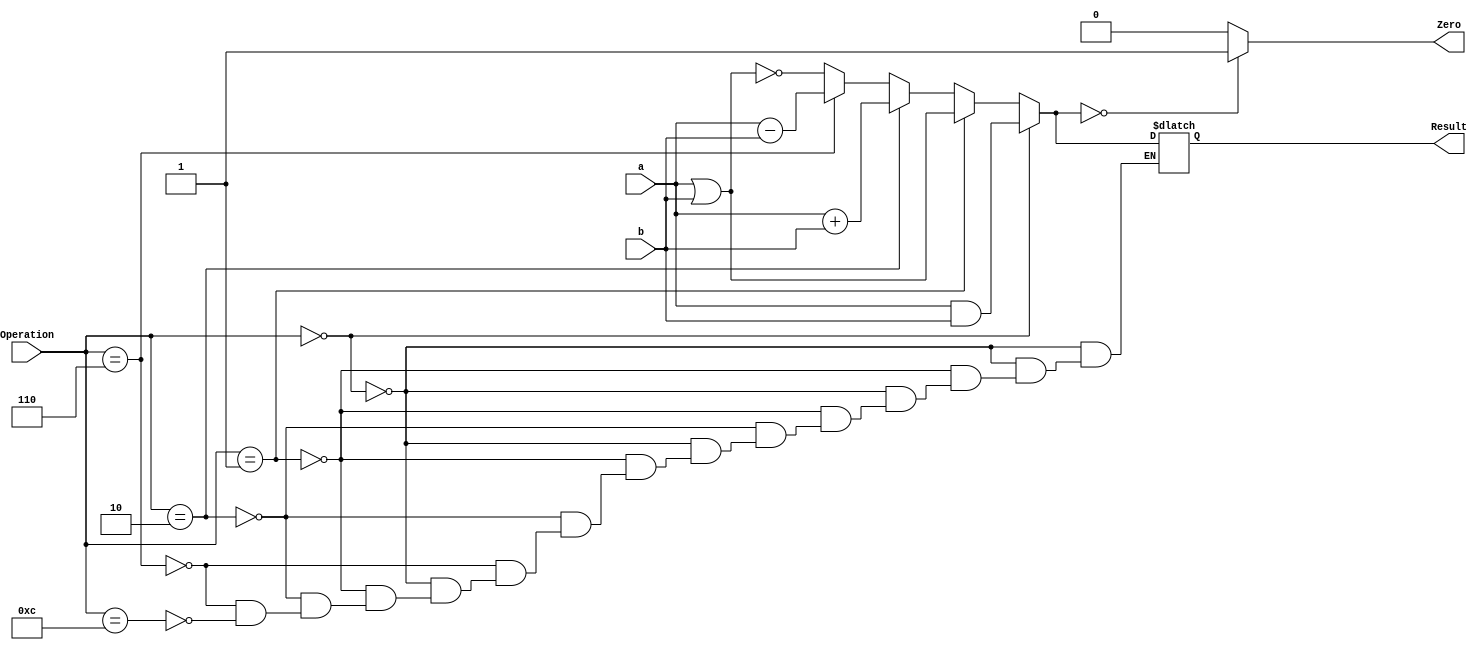
module ALU_64
(
  input [63:0] a,b,
  input [3:0]Operation,
  output reg [63:0]Result,
  output reg Zero
);

always@(a,b,Operation)
begin
  if(Operation == 4'b0000)
    begin
      Result = a & b;
    end
  else if(Operation == 4'b0001)
    begin
      Result = a | b;
    end
  else if(Operation == 4'b0010)
    begin
      Result = a + b;
    end
  else if(Operation == 4'b0110)
    begin
      Result = a - b;
    end
  else if(Operation == 4'b1100)
    begin
      Result = a | b;
      Result = ~Result;
    end

  if(Result == 64'h0000_0000_0000_0000)
    begin
      Zero = 1;
    end
  else
    begin
      Zero = 0;
    end
end

endmodule